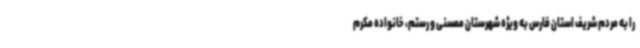
را به مردم شریف استان فارس به ویژه شهرستان ممسنی و رستم، خانواده مکرم